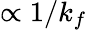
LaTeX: \propto 1/k_{f}